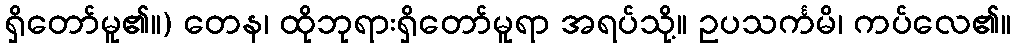
ရှိတော်မူ၏။) တေန၊ ထိုဘုရားရှိတော်မူရာ အရပ်သို့။ ဥပသင်္ကမိ၊ ကပ်လေ၏။